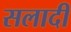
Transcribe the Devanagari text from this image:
सलादी